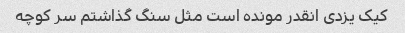
کیک یزدی انقدر مونده است مثل سنگ گذاشتم سر کوچه